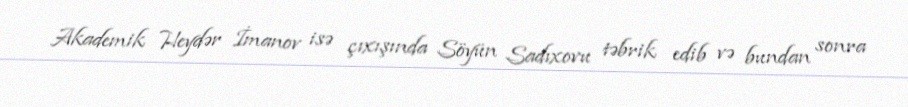
Akademik Heydər İmanov isə çıxışında Söyün Sadıxovu təbrik edib və bundan sonra